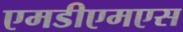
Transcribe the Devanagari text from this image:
एमडीएमएस